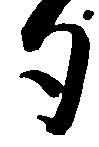
勺